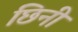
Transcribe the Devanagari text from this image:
छिनी